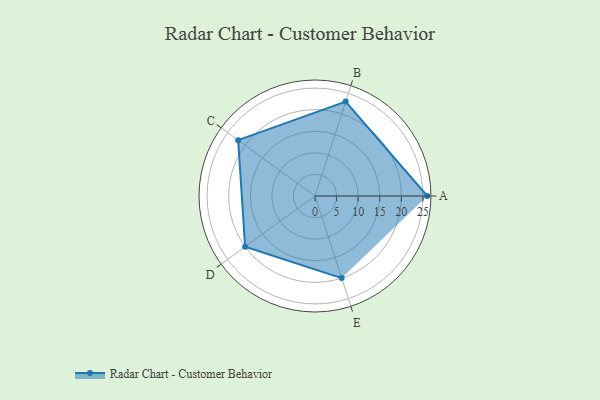
{"axis": {"x": "Skill", "y": "Score"}, "legend": ["Profile"], "data": [{"x": "A", "y": 26.0, "type": "Profile"}, {"x": "B", "y": 23.0, "type": "Profile"}, {"x": "C", "y": 22.0, "type": "Profile"}, {"x": "D", "y": 20, "type": "Profile"}, {"x": "E", "y": 20, "type": "Profile"}]}